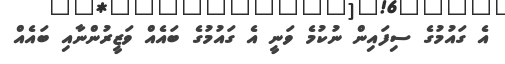
އެ ގައުމުގެ ސިފައިން ނުކުމެ ވަނީ އެ ގައުމުގެ ބައެއް ވަޒީރުންނާއި ބައެއް